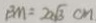
B M = 2 \sqrt { 3 } c m